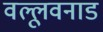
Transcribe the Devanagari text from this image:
वल्लूवनाड